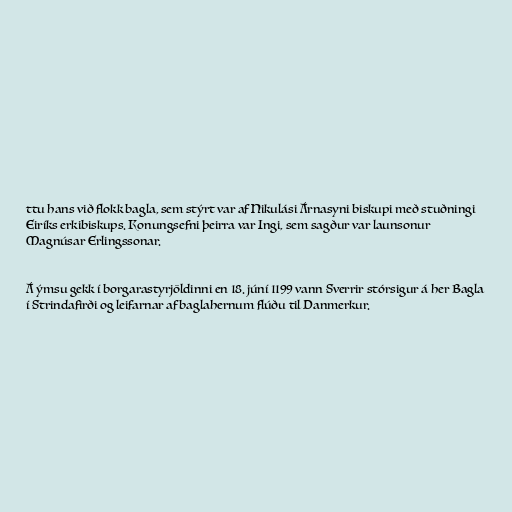
ttu hans við flokk bagla, sem stýrt var af Nikulási Árnasyni biskupi með stuðningi
Eiríks erkibiskups. Konungsefni þeirra var Ingi, sem sagður var launsonur
Magnúsar Erlingssonar.

Á ýmsu gekk í borgarastyrjöldinni en 18. júní 1199 vann Sverrir stórsigur á her Bagla
í Strindafirði og leifarnar af baglahernum flúðu til Danmerkur.